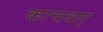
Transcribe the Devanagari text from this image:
काचवत्